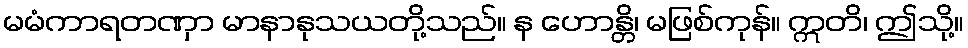
မမံကာရတဏှာ မာနာနုသယတို့သည်။ န ဟောန္တိ၊ မဖြစ်ကုန်။ ဣတိ၊ ဤသို့။